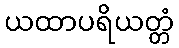
ယထာပရိယတ္တံ